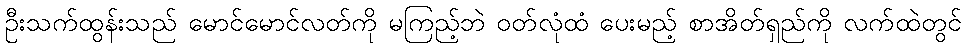
ဦးသက်ထွန်းသည် မောင်မောင်လတ်ကို မကြည့်ဘဲ ဝတ်လုံထံ ပေးမည့် စာအိတ်ရှည်ကို လက်ထဲတွင်